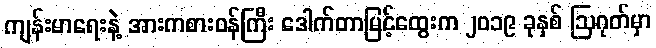
ကျန်းမာရေးနဲ့ အားကစားဝန်ကြီး ဒေါက်တာမြင့်ထွေးက ၂၀၁၉ ခုနှစ် ဩဂုတ်မှာ